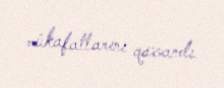
mükafatlarını qazandı.